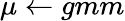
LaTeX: \mu\leftarrow gmm